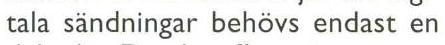
tala sändningar behövs endast en